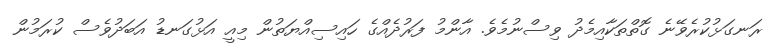
ރަނގަޅުކުރެވޭނެ ގޮތްތަކާއިމެދު ވިސްނުމެވެ. އާންމު ފަރުދެއްގެ ހައިސިއްޔަތުން މިއީ އަޅުގަނޑު އަބަދުވެސް ކުރަމުން